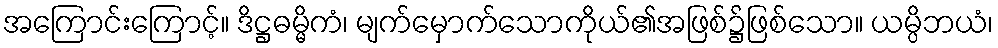
အကြောင်းကြောင့်။ ဒိဋ္ဌဓမ္မိကံ၊ မျက်မှောက်သောကိုယ်၏အဖြစ်၌ဖြစ်သော။ ယမ္ပိဘယံ၊